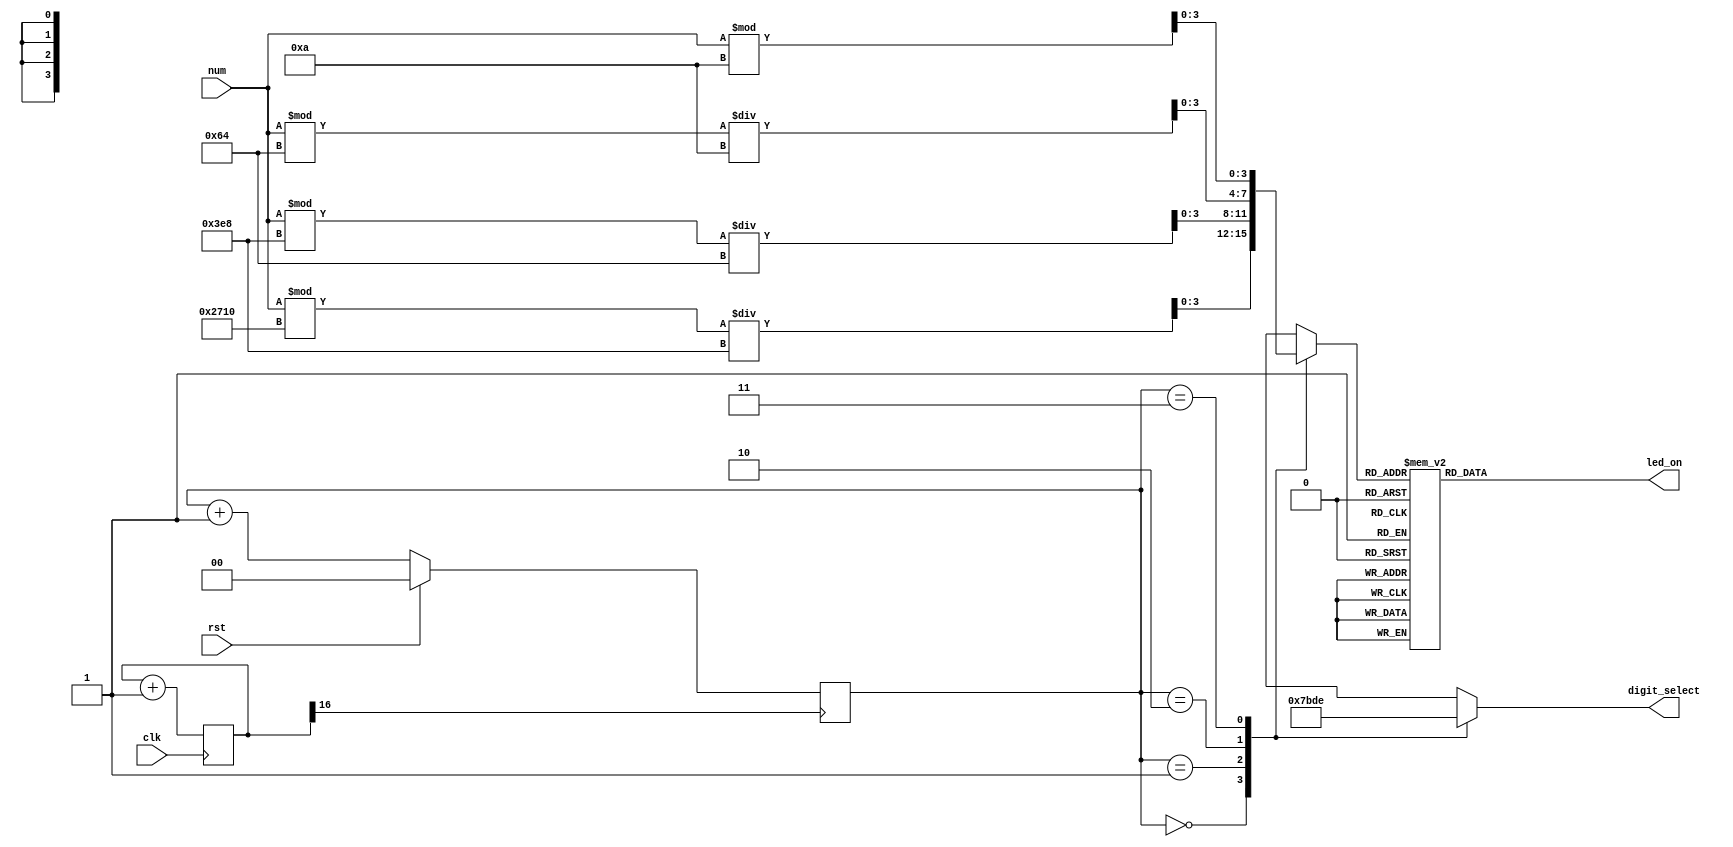
`timescale 1ns / 1ps
//////////////////////////////////////////////////////////////////////////////////
// Company: 
// Engineer: 
// 
// Design Name: 
// Module Name: seven_segment
// Project Name: 
// Target Devices: 
// Tool Versions: 
// Description: 
// 
// Dependencies: 
// 
// Revision:
// Revision 0.01 - File Created
// Additional Comments:
// 
//////////////////////////////////////////////////////////////////////////////////


`define _include_seg7_

//`include "compiler.v"

//`ifdef __icarus_verilog
`define SEG7_0 7'b0000001
`define SEG7_1 7'b1001111
`define SEG7_2 7'b0010010
`define SEG7_3 7'b0000110
`define SEG7_4 7'b1001100
`define SEG7_5 7'b0100100
`define SEG7_6 7'b0100000
`define SEG7_7 7'b0001111
`define SEG7_8 7'b0000000
`define SEG7_9 7'b0000100
//`else // __xilinx_verilog
//`include "const.v"
//`endif // __icarus_verilog

module Seg7(
	input  wire [11:0] num,

	output reg  [ 6:0] led_on,
	output reg  [ 3:0] digit_select,

	input  wire        clk,
	input  wire        rst
);
	reg  [ 1:0] place_ctr;
	wire [ 3:0] place[3:0];
	reg  [16:0] clk_div;
	wire        clk_slow;
	
	assign clk_slow = clk_div[16];

	always @(*) begin
		case(place_ctr)
			0: digit_select = 4'b0111;
			1: digit_select = 4'b1011;
			2: digit_select = 4'b1101;
			3: digit_select = 4'b1110;
		endcase
	end

	assign place[0] = (num % 10000) / 1000;
	assign place[1] = (num % 1000 ) / 100;
	assign place[2] = (num % 100  ) / 10;
	assign place[3] = (num % 10   );

	
	always @(*) begin
		case (place[place_ctr])
			0: led_on <= `SEG7_0;
			1: led_on <= `SEG7_1;
			2: led_on <= `SEG7_2;
			3: led_on <= `SEG7_3;
			4: led_on <= `SEG7_4;
			5: led_on <= `SEG7_5;
			6: led_on <= `SEG7_6;
			7: led_on <= `SEG7_7;
			8: led_on <= `SEG7_8;
			9: led_on <= `SEG7_9;
			default: led_on <= -1;
		endcase
	end
	
	always @(posedge clk) begin
		clk_div <= clk_div + 1;
	end

	always @(posedge clk_slow) begin
		if (rst) begin
			place_ctr <= 0;
		end else begin
			place_ctr <= place_ctr + 1;
		end
	end
endmodule
//`endif